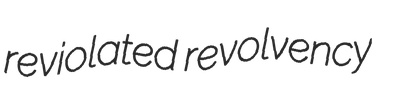
reviolated revolvency